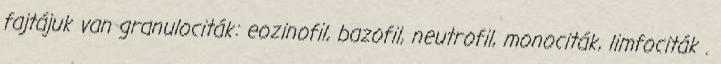
fajtájuk van granulociták: eozinofil, bazofil, neutrofil, monociták, limfociták .